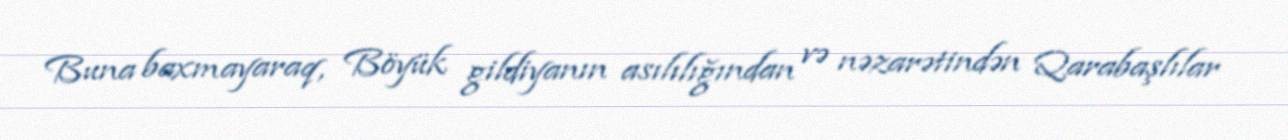
Buna baxmayaraq, Böyük gildiyanın asılılığından və nəzarətindən Qarabaşlılar